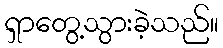
ရှာတွေ့သွားခဲ့သည်။